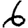
Digit: 6